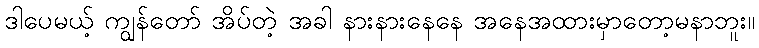
ဒါပေမယ့် ကျွန်တော် အိပ်တဲ့ အခါ နားနားနေနေ အနေအထားမှာတော့မနာဘူး။